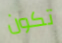
تكون